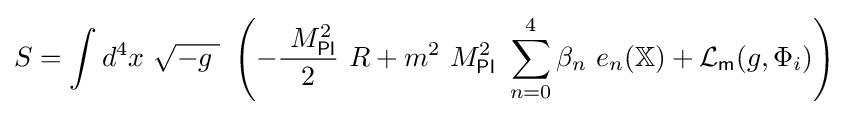
S=\int d^{4}x\ {\sqrt {-g\;}}\ \left(-{\frac {\ M_{\mathsf {Pl}}^{2}}{2}}\ R+m^{2}\ M_{\mathsf {Pl}}^{2}\ \sum _{n=0}^{4}\beta _{n}\ e_{n}\!\left(\mathbb {X} \right)+{\mathcal {L}}_{\mathsf {m}}\!\left(g,\Phi _{i}\right)\right)~